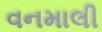
વનમાલી